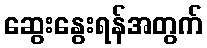
ဆွေးနွေးရန်အတွက်